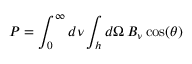
P = \int _ { 0 } ^ { \infty } d \nu \int _ { h } d \Omega \, B _ { \nu } \cos ( \theta )